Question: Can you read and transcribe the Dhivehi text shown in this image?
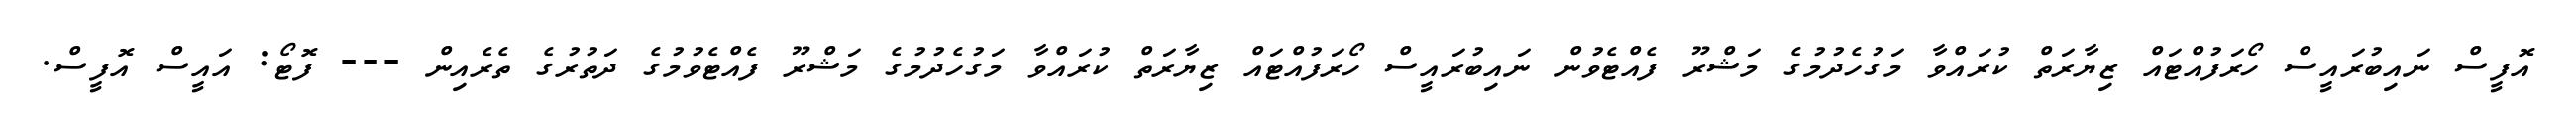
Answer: އޮފީސް ނައިބުރައީސް ހޯރަފުއްޓައް ޒިޔާރަތް ކުރައްވާ މަގުހެދުމުގެ މަޝްރޫ ފެއްޓެވުން ނައިބުރައީސް ހޯރަފުއްޓައް ޒިޔާރަތް ކުރައްވާ މަގުހެދުމުގެ މަޝްރޫ ފެއްޓެވުމުގެ ދަތުރުގެ ތެރެއިން --- ފޮޓޯ: އައީސް އޮފީސް.